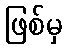
ဖြစ်မှ